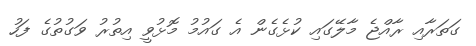
ގަތަރާއި ރާއްޖެ މާލޭގައި ކުޅެގެން އެ ގައުމު މޮޅުވީ އިތުރު ވަގުތުގެ ފަހު